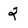
Character: 2